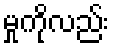
မှုကိုလည်း